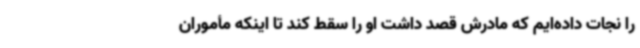
را نجات داده‌ایم که مادرش قصد داشت او را سقط کند تا اینکه مأموران